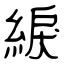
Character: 綟